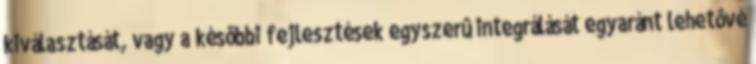
kiválasztását, vagy a késôbbi fejlesztések egyszerû integrálását egyaránt lehetôvé